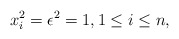
\begin{align*} x_i^2 = \epsilon^2 = 1, 1 \leq i \leq n,\end{align*}